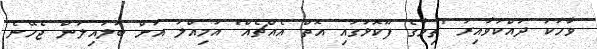
ވާހަކަ ދައްކަވާއިރު "ތިމާގެ ފޫކޮޅުގައި އޮތް އެއްޗެއް" އަމިއްލަ އަށް ބަލައިލަން ޖެހޭނެ